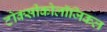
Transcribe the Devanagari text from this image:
टोक्सीकोलॉजिकल